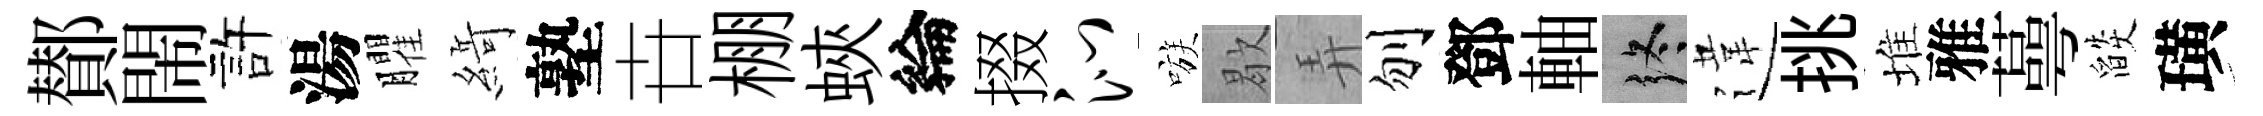
鄼閙許湯臞𦂶塾卋棚蛺綸掇沁嗾歇弄刎鄧軸终違挑堆雅蕚燄璜